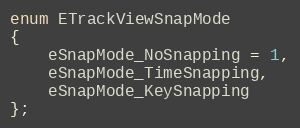
Language: C
enum ETrackViewSnapMode
{
	eSnapMode_NoSnapping = 1,
	eSnapMode_TimeSnapping,
	eSnapMode_KeySnapping
};